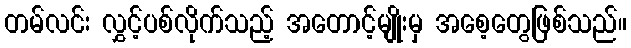
တမ်လင်း လွှင့်ပစ်လိုက်သည့် အတောင့်မျိုးမှ အစေ့တွေဖြစ်သည်။